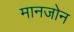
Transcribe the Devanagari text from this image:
मानजोन